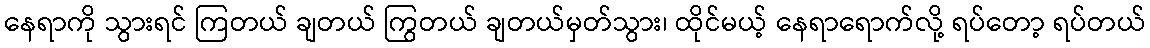
နေရာကို သွားရင် ကြတယ် ချတယ် ကြွတယ် ချတယ်မှတ်သွား၊ ထိုင်မယ့် နေရာရောက်လို့ ရပ်တော့ ရပ်တယ်